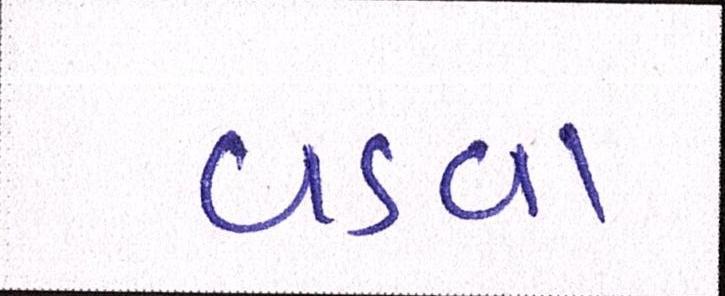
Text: વડવા